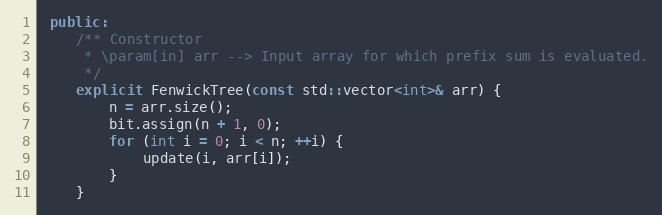
Language: C++
 public:
    /** Constructor
     * \param[in] arr --> Input array for which prefix sum is evaluated.
     */
    explicit FenwickTree(const std::vector<int>& arr) {
        n = arr.size();
        bit.assign(n + 1, 0);
        for (int i = 0; i < n; ++i) {
            update(i, arr[i]);
        }
    }